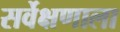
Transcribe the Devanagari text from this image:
सर्वेक्षणाला